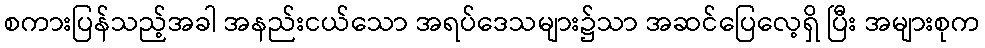
စကားပြန်သည့်အခါ အနည်းငယ်သော အရပ်ဒေသများ၌သာ အဆင်ပြေလေ့ရှိ ပြီး အများစုက